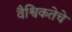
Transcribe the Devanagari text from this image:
वैश्विकतेचे